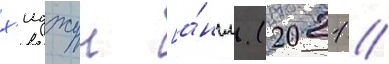
х'иджун [а́нгл. (2021 /